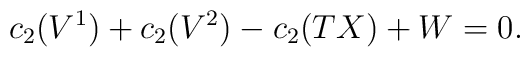
c_{2}(V^{1})+c_{2}(V^{2})-c_{2}(TX)+W=0.